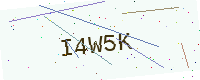
Text: I4W5K